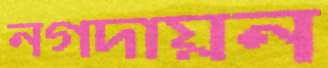
নগদায়ন